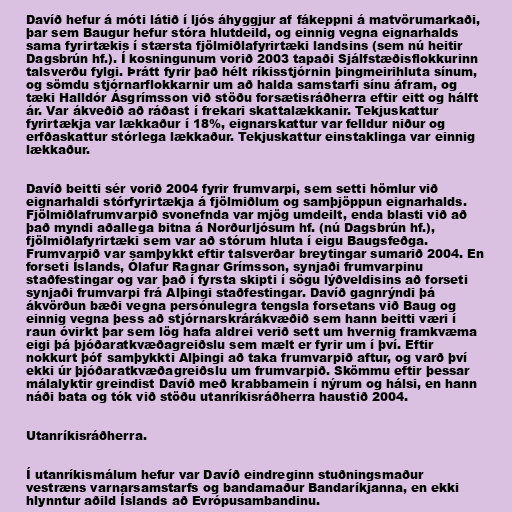
Davíð hefur á móti látið í ljós áhyggjur af fákeppni á matvörumarkaði,
þar sem Baugur hefur stóra hlutdeild, og einnig vegna eignarhalds
sama fyrirtækis í stærsta fjölmiðlafyrirtæki landsins (sem nú heitir
Dagsbrún hf.). Í kosningunum vorið 2003 tapaði Sjálfstæðisflokkurinn
talsverðu fylgi. Þrátt fyrir það hélt ríkisstjórnin þingmeirihluta sínum,
og sömdu stjórnarflokkarnir um að halda samstarfi sínu áfram, og
tæki Halldór Ásgrímsson við stöðu forsætisráðherra eftir eitt og hálft
ár. Var ákveðið að ráðast í frekari skattalækkanir. Tekjuskattur
fyrirtækja var lækkaður í 18%, eignarskattur var felldur niður og
erfðaskattur stórlega lækkaður. Tekjuskattur einstaklinga var einnig
lækkaður.

Davíð beitti sér vorið 2004 fyrir frumvarpi, sem setti hömlur við
eignarhaldi stórfyrirtækja á fjölmiðlum og samþjöppun eignarhalds.
Fjölmiðlafrumvarpið svonefnda var mjög umdeilt, enda blasti við að
það myndi aðallega bitna á Norðurljósum hf. (nú Dagsbrún hf.),
fjölmiðlafyrirtæki sem var að stórum hluta í eigu Baugsfeðga.
Frumvarpið var samþykkt eftir talsverðar breytingar sumarið 2004. En
forseti Íslands, Ólafur Ragnar Grímsson, synjaði frumvarpinu
staðfestingar og var það í fyrsta skipti í sögu lýðveldisins að forseti
synjaði frumvarpi frá Alþingi staðfestingar. Davíð gagnrýndi þá
ákvörðun bæði vegna persónulegra tengsla forsetans við Baug og
einnig vegna þess að stjórnarskrárákvæðið sem hann beitti væri í
raun óvirkt þar sem lög hafa aldrei verið sett um hvernig framkvæma
eigi þá þjóðaratkvæðagreiðslu sem mælt er fyrir um í því. Eftir
nokkurt þóf samþykkti Alþingi að taka frumvarpið aftur, og varð því
ekki úr þjóðaratkvæðagreiðslu um frumvarpið. Skömmu eftir þessar
málalyktir greindist Davíð með krabbamein í nýrum og hálsi, en hann
náði bata og tók við stöðu utanríkisráðherra haustið 2004.

Utanríkisráðherra.

Í utanríkismálum hefur var Davíð eindreginn stuðningsmaður
vestræns varnarsamstarfs og bandamaður Bandaríkjanna, en ekki
hlynntur aðild Íslands að Evrópusambandinu.